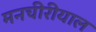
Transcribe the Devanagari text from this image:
मनचीरीयाल